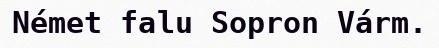
Német falu Sopron Várm.